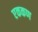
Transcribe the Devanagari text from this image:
एककण